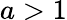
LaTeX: a>1